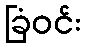
ခြံဝင်း